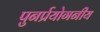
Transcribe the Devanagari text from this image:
पुनर्प्रयोगनीय